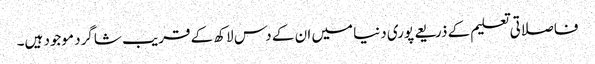
فاصلاتی تعلیم کے ذریعے پوری دنیا میں ان کے دس لاکھ کے قریب شاگرد موجود ہیں۔